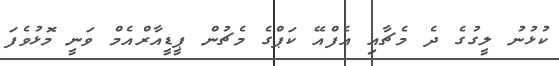
ކުޅުނު ލީގުގެ ދެ މެޗާއި އެފްއޭ ކަޕްގެ މެޗުން ޕީޑީއާރްއެމް ވަނީ މޮޅުވެފަ